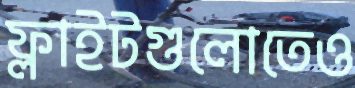
ফ্লাইটগুলোতেও